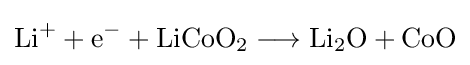
{\mathrm {Li} {\vphantom {A}}^{+}{}+{}\mathrm {e} {\vphantom {A}}^{-}{}+{}\mathrm {LiCoO} {\vphantom {A}}_{\smash[{t}]{2}}{}\mathrel {\longrightarrow } {}\mathrm {Li} {\vphantom {A}}_{\smash[{t}]{2}}\mathrm {O} {}+{}\mathrm {CoO} }